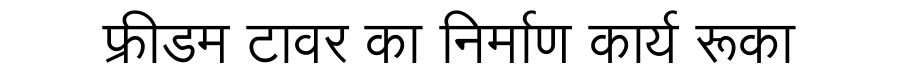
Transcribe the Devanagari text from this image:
फ्रीडम टावर का निर्माण कार्य रूका